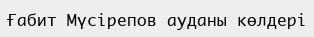
Ғабит Мүсірепов ауданы көлдері